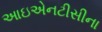
આઇએનટીસીના